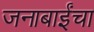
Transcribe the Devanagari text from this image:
जनाबाईंचा